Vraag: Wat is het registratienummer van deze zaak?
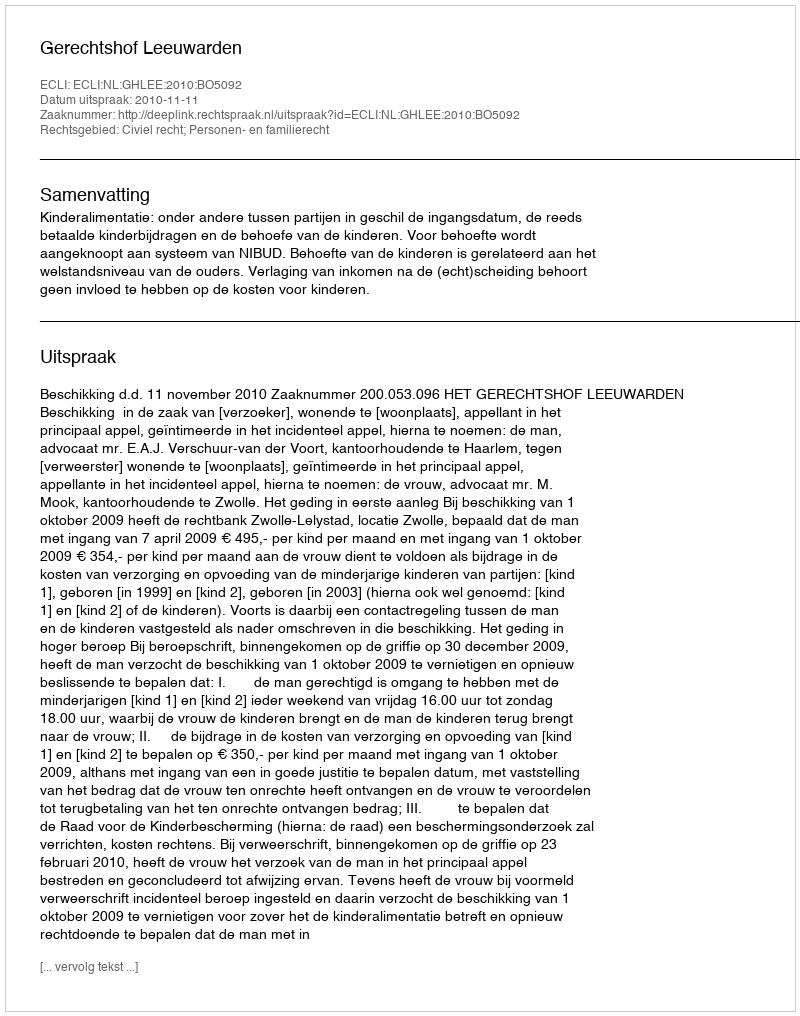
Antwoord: http://deeplink.rechtspraak.nl/uitspraak?id=ECLI:NL:GHLEE:2010:BO5092